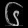
Digit: ၆